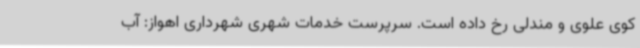
کوی علوی و مندلی رخ داده است. سرپرست خدمات شهری شهرداری اهواز: آب